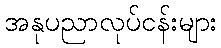
အနုပညာလုပ်ငန်းများ